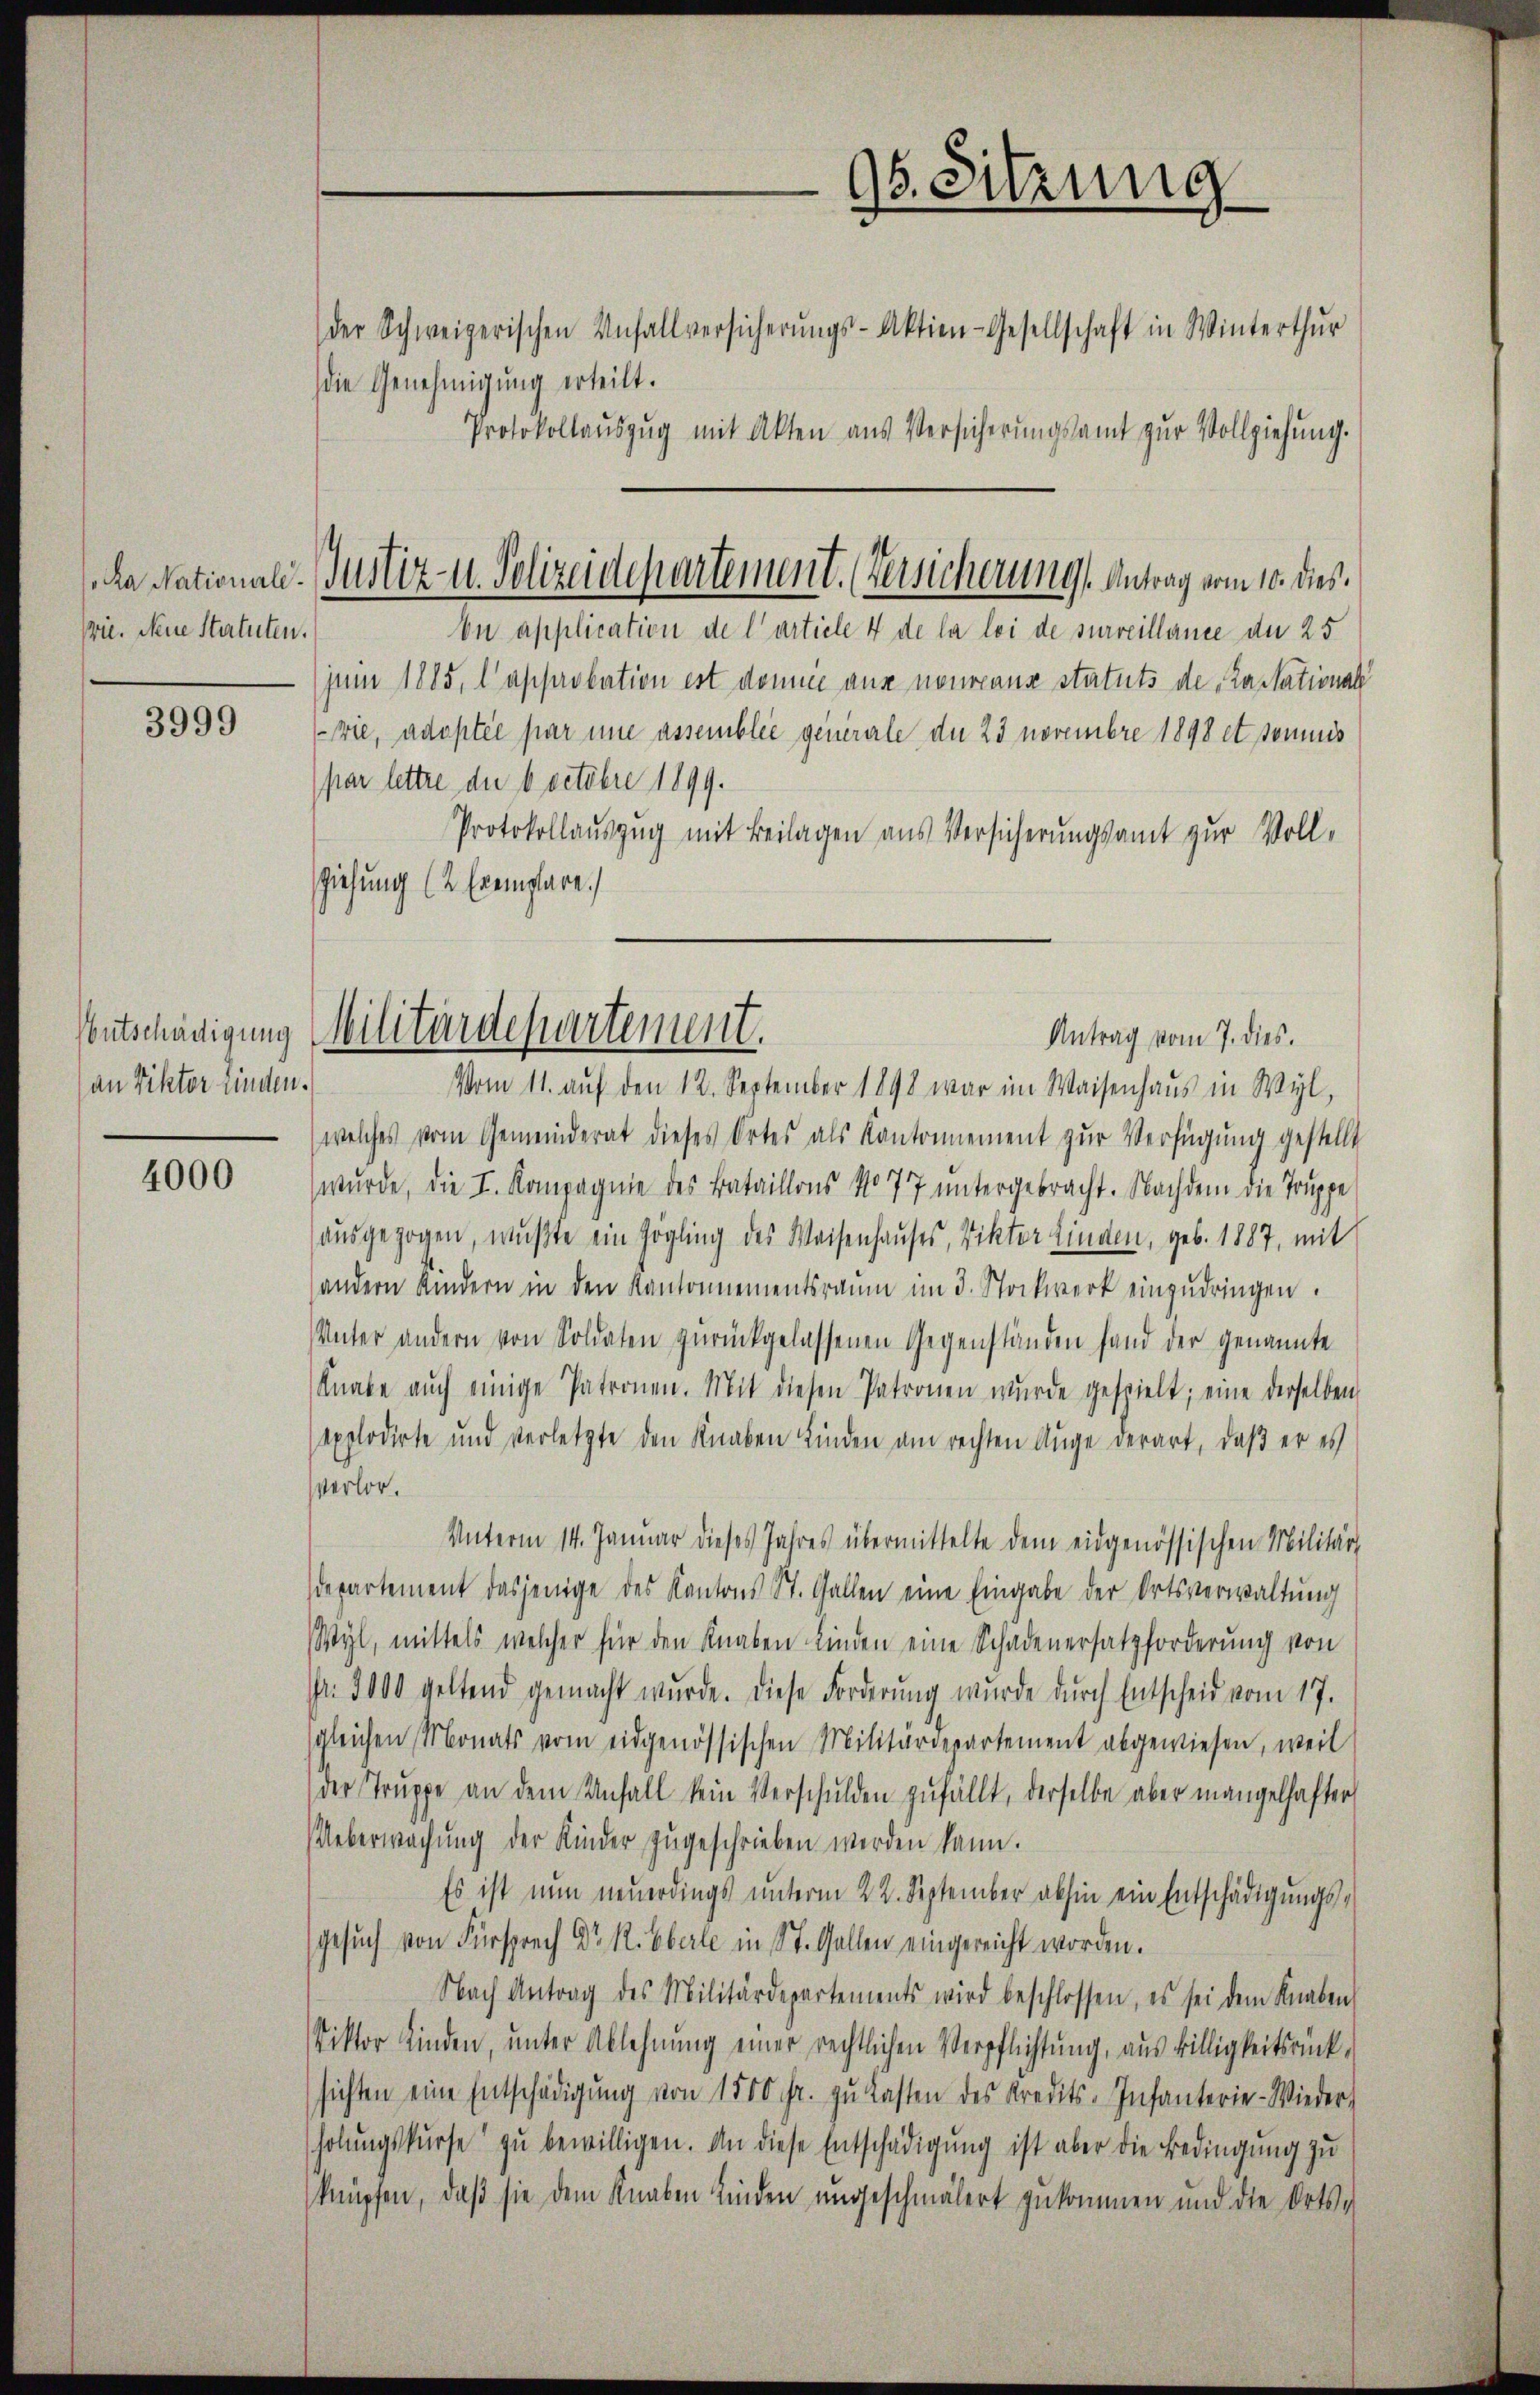
a Nationali.
Wie. Neine Statuten.

3999

Entschädigung
an Viktor finden.

4000

die Genehmigung erteilt.

On application de l’article 4 de la loi de surveillance der 25
juin 1885, l’approbation est donnie aus nourcans statuts de Cassational
vie, adoptée par une assemblée generale du 23 novembre 1898 et sommis
par lettre der 6 octobre 1899.
Protokollauszug mit Beilagen aus Versicherungsamt zur Voll-
ziehung (2 Exemplare.

96. Sitzung
der Schweizerischen Unfallversicherŭngs-Aktien-Gesellschaft in Winterthŭr
Protokollaŭszŭg mit Akten aus Versicherŭngsamt zŭr Vollziehung.

Justiz- u. Polizeidepartement. (Versicherung. Antrag vom 10. dies

Militärdepartement.
Antrag vom 7. dies.

Vom 11. auf den 12. September 1898 war im Waisenhaŭs in Wyl,
welches vom Gemeinderat dieses Ortes als Kantonnement zŭr Verfügung gestellt
wurde, die I. Kompagnie des Bataillons No 77 untergebracht. Nachdem die Truppe
ausgezogen, wußte ein Zögling des Weisenhauses, Vikter Linden, geb. 1887, mit
andern Kindern in den Kantonnementsraum im 3. Stockwerk einzudringen.
Unter andern von Soldaten zurückgelassenen Gegenständen fand der genannte
Knabe aŭch einige Patronen. Mit diesen Patronen wurde gespielt; eine derselben
explodirte und verletzte den Knaben finden am rechten Auge derart, daß er es
verlor.
Unterm 14. Januar dieses Jahres übermittelte dem eidgenössischen Militärs
departement dasjenige des Kantons St. Gallen eine Eingabe der Ortsverwaltung
Wyl, mittels welcher für den Knaben Kinden eine Schadenersatzforderung von
Nr. 3000 geltend gemacht wŭrde. Diese Forderŭng wurde dŭrch Entscheid vom 17.
sgleichen Monats vom eidgenössischen Militärdepartement abgewiesen, weil
der Truppe an dem Unfall kein Verschulden zufällt, derselbe aber mangelhafter
Ueberwachung der Kinder zugeschrieben werden kann.
Es ist nun neuerdings ŭnterm 22. September abhin ein Entschädigŭngs-
Gesuch von Fürsprech Dr. R. Eberte in St. Gallen eingereicht worden.
Nach Antrag des Militärdepartements wird beschlossen, es sei dem Knaben
Viktor finden, ŭnter Ablehnŭng einer rechtlichen Verpflichtung, aus billigkeitsrück-
sichten eine Entschädigŭng von 1500 fr. zŭ lasten des Kredits-Infanterie-Wieder
holungskurse zu bewilligen. An diese Entschädigung ist aber die Bedingung zu
knüpfen, daß sie dem Knaben finden ungeschmälert zukommen und die Orts-